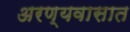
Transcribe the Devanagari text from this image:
अरण्यवासात